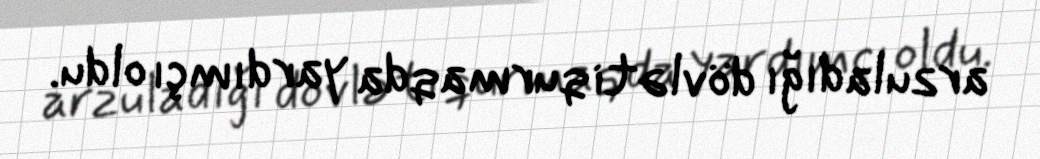
arzuladığı dövləti qurmaqda yardımçı oldu.